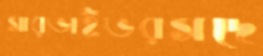
সারভাইভরসদে